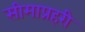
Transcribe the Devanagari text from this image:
सीमाप्रहरी